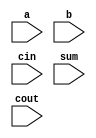
`timescale 1ns / 1ps

module full_adder_df(
    input a,
    input b,
    input cin,
    input sum,
    input cout
    );
    
    //assign sum = a+b+cin;
    //assign cout = (a&b) | (b&cin) | (a&cin);
    //assign cout = ((a^b)&c) | (a&b);
    assign {cout,sum} = a+b+cin;
endmodule